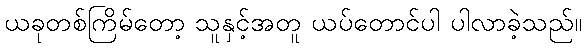
ယခုတစ်ကြိမ်တော့ သူနှင့်အတူ ယပ်တောင်ပါ ပါလာခဲ့သည်။